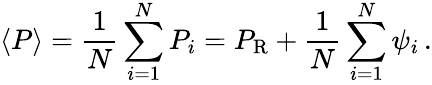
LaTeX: \langle P\rangle={\frac{1}{N}}\sum_{i=1}^{N}P_{i}=P_{\mathrm R}+{\frac{1}{N}}\sum_{i=1}^{N}\psi_{i}\, .